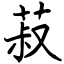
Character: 菽